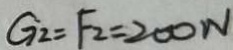
G _ { 2 } = F _ { 2 } = 2 0 0 N